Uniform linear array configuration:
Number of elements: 16
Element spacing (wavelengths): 1
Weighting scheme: exponential
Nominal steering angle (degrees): -45
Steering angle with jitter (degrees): -45.427
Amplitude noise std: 0.05
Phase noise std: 0.05

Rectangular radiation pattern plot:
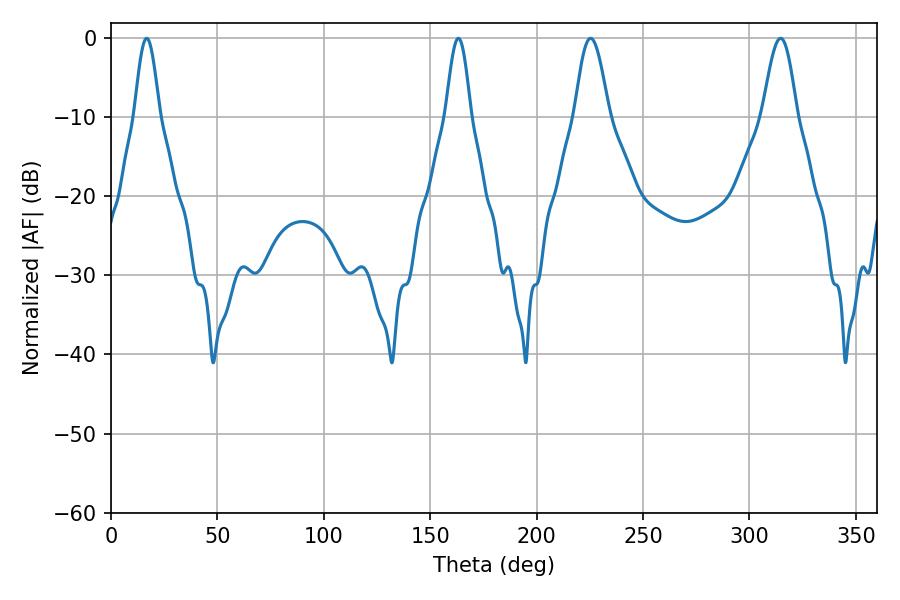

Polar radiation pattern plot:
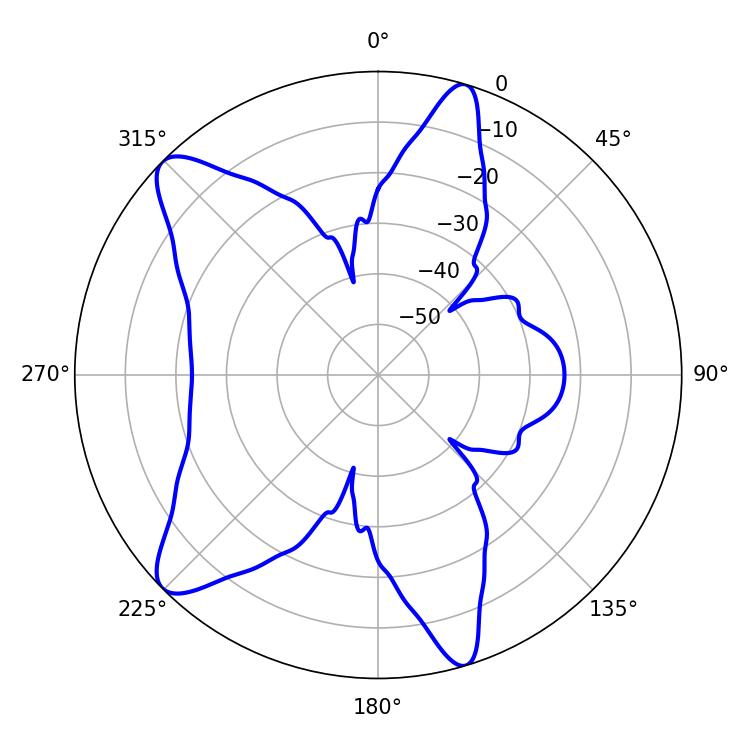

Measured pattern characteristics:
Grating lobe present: TRUE
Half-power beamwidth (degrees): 8.64
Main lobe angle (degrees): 225.36